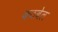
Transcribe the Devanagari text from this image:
कठबेल